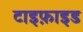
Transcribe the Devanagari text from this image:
टाइफ़ाइड